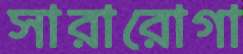
সারারোগা